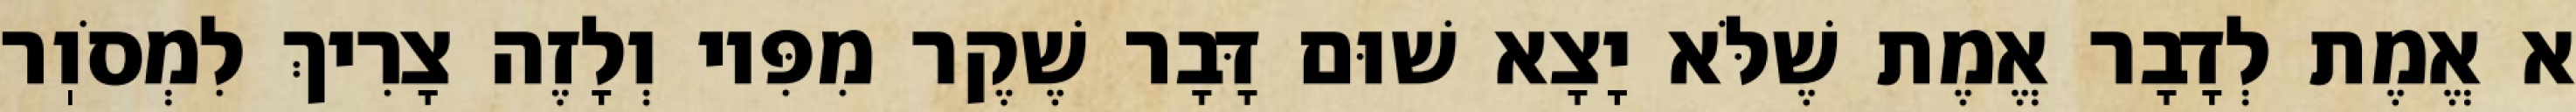
א אֱמֶת לְדָבָר אֱמֶת שֶׁלֹּא יָצָא שׁוּם דָּבָר שֶׁקֶר מִפִּיו וְלָזֶה צָרִיךְ לִמְסֹוֽר